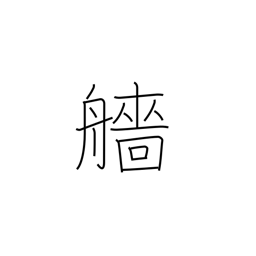
Meaning: stern